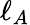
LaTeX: \ell_{A}